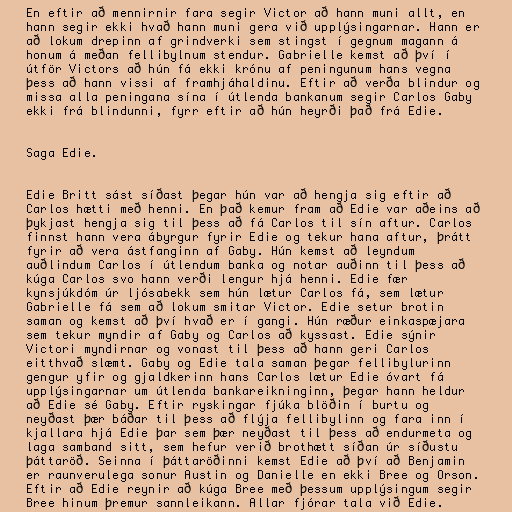
En eftir að mennirnir fara segir Victor að hann muni allt, en
hann segir ekki hvað hann muni gera við upplýsingarnar. Hann er
að lokum drepinn af grindverki sem stingst í gegnum magann á
honum á meðan fellibylnum stendur. Gabrielle kemst að því í
útför Victors að hún fá ekki krónu af peningunum hans vegna
þess að hann vissi af framhjáhaldinu. Eftir að verða blindur og
missa alla peningana sína í útlenda bankanum segir Carlos Gaby
ekki frá blindunni, fyrr eftir að hún heyrði það frá Edie.

Saga Edie.

Edie Britt sást síðast þegar hún var að hengja sig eftir að
Carlos hætti með henni. En það kemur fram að Edie var aðeins að
þykjast hengja sig til þess að fá Carlos til sín aftur. Carlos
finnst hann vera ábyrgur fyrir Edie og tekur hana aftur, þrátt
fyrir að vera ástfanginn af Gaby. Hún kemst að leyndum
auðlindum Carlos í útlendum banka og notar auðinn til þess að
kúga Carlos svo hann verði lengur hjá henni. Edie fær
kynsjúkdóm úr ljósabekk sem hún lætur Carlos fá, sem lætur
Gabrielle fá sem að lokum smitar Victor. Edie setur brotin
saman og kemst að því hvað er í gangi. Hún ræður einkaspæjara
sem tekur myndir af Gaby og Carlos að kyssast. Edie sýnir
Victori myndirnar og vonast til þess að hann geri Carlos
eitthvað slæmt. Gaby og Edie tala saman þegar fellibylurinn
gengur yfir og gjaldkerinn hans Carlos lætur Edie óvart fá
upplýsingarnar um útlenda bankareikninginn, þegar hann heldur
að Edie sé Gaby. Eftir ryskingar fjúka blöðin í burtu og
neyðast þær báðar til þess að flýja fellibylinn og fara inn í
kjallara hjá Edie þar sem þær neyðast til þess að endurmeta og
laga samband sitt, sem hefur verið brothætt síðan úr síðustu
þáttaröð. Seinna í þáttaröðinni kemst Edie að því að Benjamin
er raunverulega sonur Austin og Danielle en ekki Bree og Orson.
Eftir að Edie reynir að kúga Bree með þessum upplýsingum segir
Bree hinum þremur sannleikann. Allar fjórar tala við Edie.